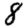
Digit: 8